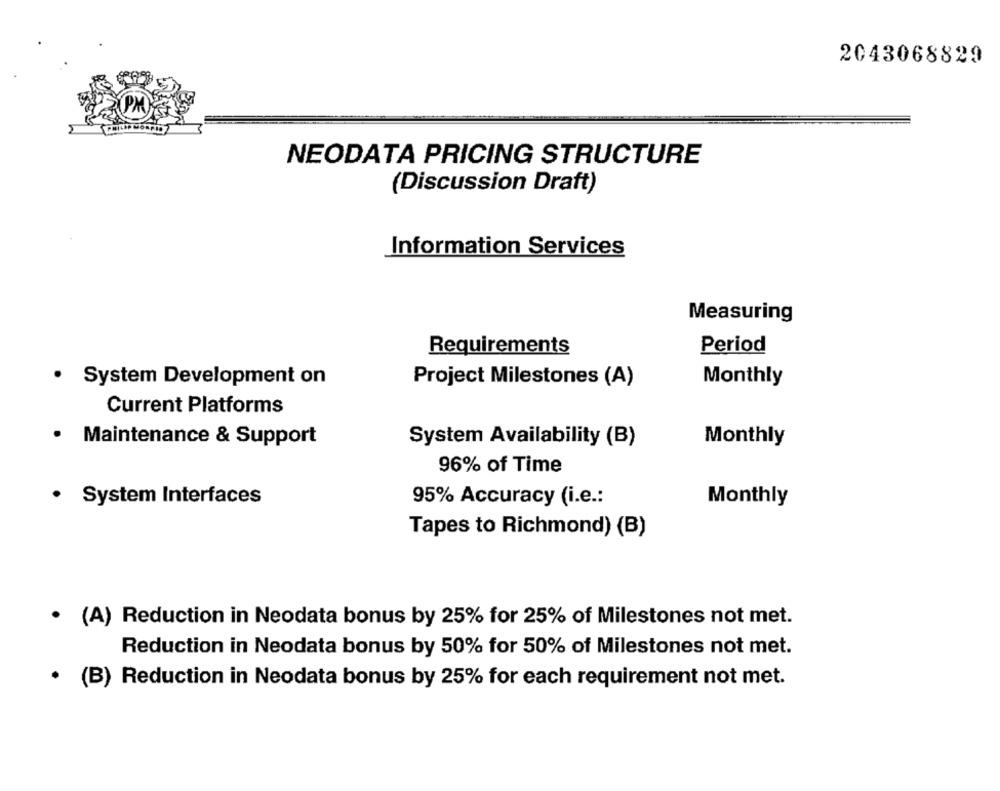
2043068829
NEODATA PRICING STRUCTURE
(Discussion Draft)
Information Services
Measuring
Period
Requirements
. System Development on
Project Milestones (A)
Monthly
Current Platforms
· Maintenance & Support
System Availability (B)
Monthly
96% of Time
.
System Interfaces
95% Accuracy (i.e .:
Monthly
Tapes to Richmond) (B)
· (A) Reduction in Neodata bonus by 25% for 25% of Milestones not met.
Reduction in Neodata bonus by 50% for 50% of Milestones not met.
· (B) Reduction in Neodata bonus by 25% for each requirement not met.